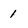
Character: 1